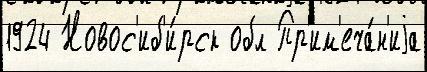
1924 Новос'иб'и́рск обл Пр'им'еча́н'иjа